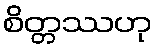
စိတ္တဿဟု